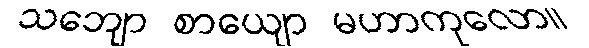
သဘျော စာယျော မဟာကုလော။